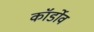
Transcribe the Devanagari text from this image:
कॉर्डोव